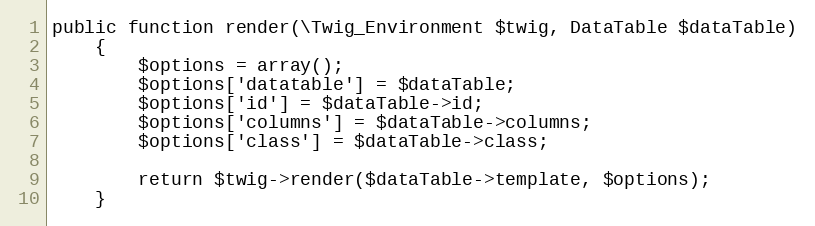
Language: PHP
public function render(\Twig_Environment $twig, DataTable $dataTable)
    {
        $options = array();
        $options['datatable'] = $dataTable;
        $options['id'] = $dataTable->id;
        $options['columns'] = $dataTable->columns;
        $options['class'] = $dataTable->class;

        return $twig->render($dataTable->template, $options);
    }